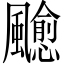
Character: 𩙍